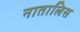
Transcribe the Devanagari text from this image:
नातालिस